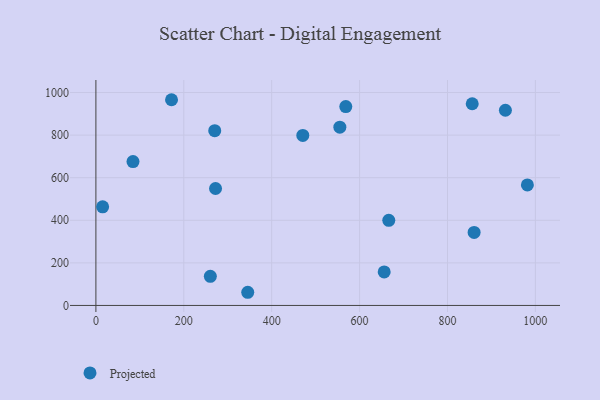
{"axis": {"x": "Ad Spend", "y": "Yield"}, "legend": ["Projected"], "data": [{"x": "172.1", "y": 966.3, "type": "Projected"}, {"x": "656.0", "y": 157.3, "type": "Projected"}, {"x": "270.4", "y": 820.8, "type": "Projected"}, {"x": "860.6", "y": 342.8, "type": "Projected"}, {"x": "272.2", "y": 549.3, "type": "Projected"}, {"x": "260.4", "y": 136.7, "type": "Projected"}, {"x": "345.5", "y": 61.9, "type": "Projected"}, {"x": "931.8", "y": 916.8, "type": "Projected"}, {"x": "981.8", "y": 566.2, "type": "Projected"}, {"x": "856.3", "y": 947.5, "type": "Projected"}, {"x": "15.3", "y": 463.3, "type": "Projected"}, {"x": "568.6", "y": 933.9, "type": "Projected"}, {"x": "555.1", "y": 837.2, "type": "Projected"}, {"x": "470.8", "y": 798.8, "type": "Projected"}, {"x": "666.4", "y": 400.0, "type": "Projected"}, {"x": "84.4", "y": 675.7, "type": "Projected"}]}